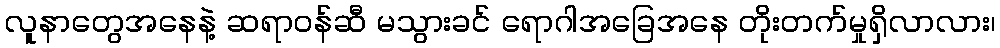
လူနာတွေအနေနဲ့ ဆရာဝန်ဆီ မသွားခင် ရောဂါအခြေအနေ တိုးတက်မှုရှိလာလား၊